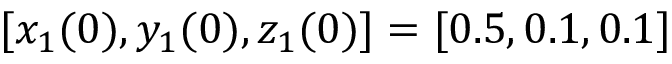
[ x _ { 1 } ( 0 ) , y _ { 1 } ( 0 ) , z _ { 1 } ( 0 ) ] = [ 0 . 5 , 0 . 1 , 0 . 1 ]